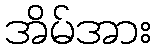
အိမ်အား